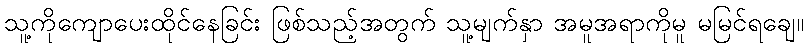
သူ့ကိုကျောပေးထိုင်နေခြင်း ဖြစ်သည့်အတွက် သူ့မျက်နှာ အမူအရာကိုမူ မမြင်ရချေ။